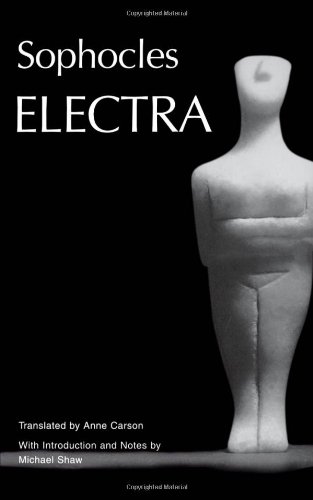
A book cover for Electra (Greek Tragedy in New Translations); Sophocles; Literature & Fiction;